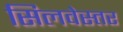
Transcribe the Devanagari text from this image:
सिलवेस्तर